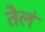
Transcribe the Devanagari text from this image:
तेलं